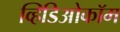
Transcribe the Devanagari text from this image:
व्हिडिओकॉम